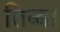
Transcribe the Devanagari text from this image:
तिब्ब।